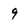
Character: 9